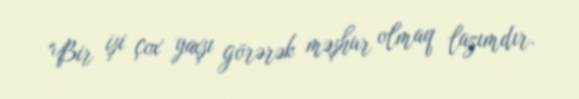
"Bir işi çox yaxşı görərək məşhur olmaq lazımdır.